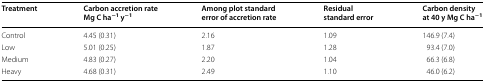
<table><thead><tr><td><b>Treatment</b></td><td><b>Carbon accretion rateMg C ha<sup>−1</sup> y<sup>−1</sup></b></td><td><b>Among plot standard error of accretion rate</b></td><td><b>Residual standard error</b></td><td><b>Carbon density at 40 y Mg C ha<sup>−1</sup></b></td></tr></thead><tbody><tr><td>Control</td><td>4.45 (0.31)</td><td>2.16</td><td>1.09</td><td>146.9 (7.4)</td></tr><tr><td>Low</td><td>5.01 (0.25)</td><td>1.87</td><td>1.28</td><td>93.4 (7.0)</td></tr><tr><td>Medium</td><td>4.83 (0.27)</td><td>2.20</td><td>1.04</td><td>66.3 (6.8)</td></tr><tr><td>Heavy</td><td>4.68 (0.31)</td><td>2.49</td><td>1.10</td><td>46.0 (6.2)</td></tr></tbody></table>